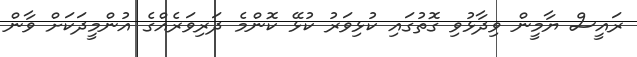
ރައީސް ޔާމީން ވިދާޅުވި ގޮތުގައި ކުޅިވަރު ކުޅޭ ކޮންމެ ދަރިވަރެއްގެ އުންމީދަކަށް ވާން